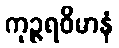
ကုဉ္ဇရဝိမာနံ